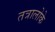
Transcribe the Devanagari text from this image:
तत्रालोके